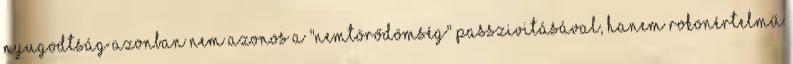
nyugodtság azonban nem azonos a "nemtörődömség" passzivitásával, hanem rokonértelmű